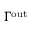
\Gamma ^ { \mathrm { o u t } }